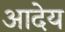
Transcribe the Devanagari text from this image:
आदेय